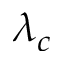
\lambda _ { c }